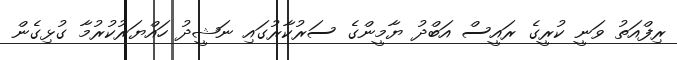
ރިފްއަތު ވަނީ ކުރީގެ ރައީސް އަބްދު ޔާމީންގެ ސަރުކާރުގައި ނަޝީދު ހައްޔަރުކުރުމާ ގުޅިގެން